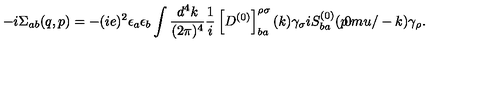
- i \Sigma _ { a b } ( q , p ) = - ( i e ) ^ { 2 } \epsilon _ { a } \epsilon _ { b } \int { \frac { d ^ { 4 } k } { ( 2 \pi ) ^ { 4 } } } { \frac { 1 } { i } } \left[ D ^ { ( 0 ) } \right] _ { b a } ^ { \rho \sigma } ( k ) \gamma _ { \sigma } i S _ { b a } ^ { ( 0 ) } ( { p } { \mkern - 9 . 0 m u / } - k ) \gamma _ { \rho } .